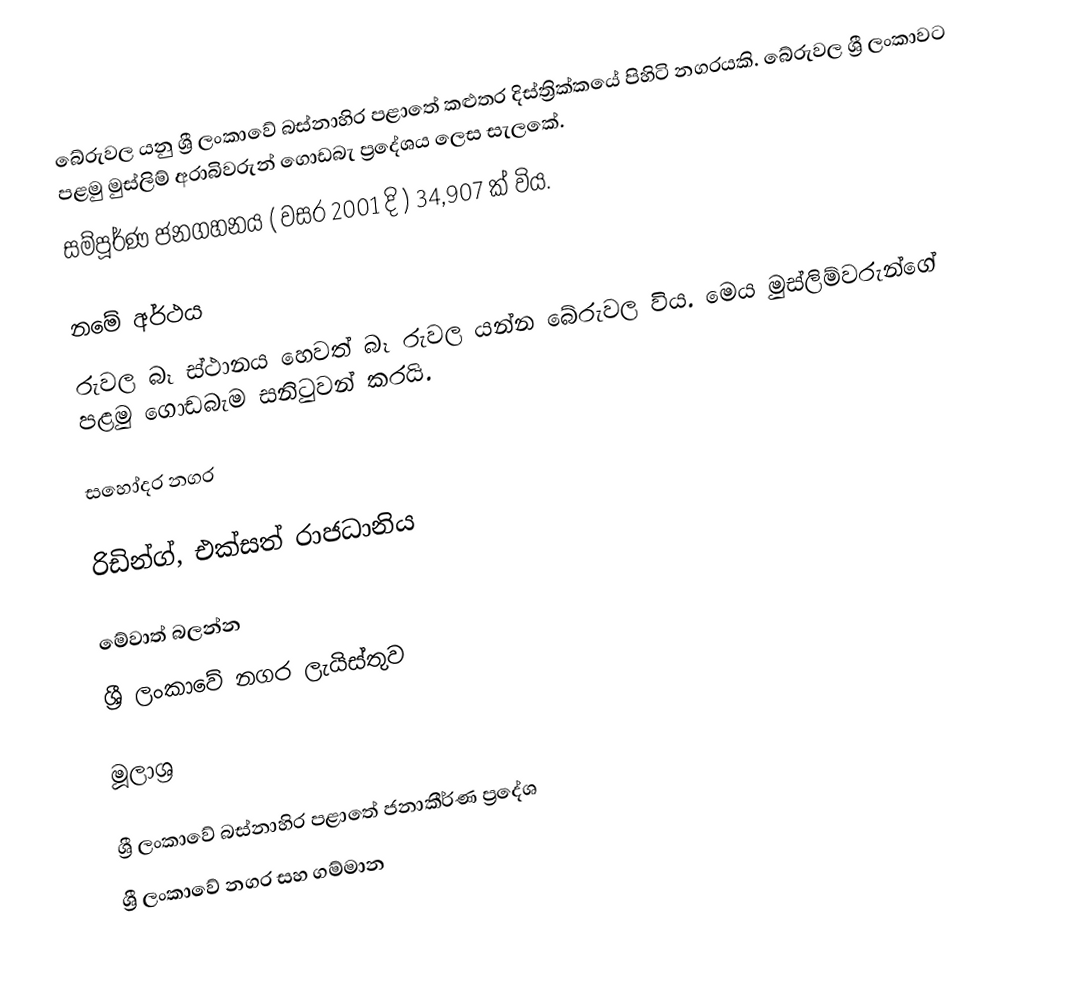
බේරුවල යනු ශ්‍රී ලංකාවේ බස්නාහිර පළාතේ කළුතර දිස්ත්‍රික්කයේ පිහිටි නගරයකි.	බේරුවල ශ්‍රී ලංකාවට පළමු මුස්ලිම් අරාබිවරුන් ගොඩබැ ප්‍රදේශය ලෙස සැලකේ.
සම්පූර්ණ ජනගහනය ( වසර 2001 දි ) 34,907 ක් විය.

නමේ අර්ථය
රුවල බෑ ස්ථානය හෙවත් බෑ රුවල යන්න බේරුවල විය. මෙය  මුස්ලිම්වරුන්ගේ පළමු ගොඩබැම සනිටුවන් කරයි.

සහෝදර නගර

 රිඩින්ග්, එක්සත් රාජධානිය

මේවාත් බලන්න
ශ්‍රී ලංකාවේ නගර ලැයිස්තුව

මූලාශ්‍ර

ශ්‍රී ලංකාවේ බස්නාහිර පළාතේ ජනාකීර්ණ ප්‍රදේශ
ශ්‍රී ලංකාවේ නගර සහ ගම්මාන